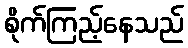
စိုက်ကြည့်နေသည်